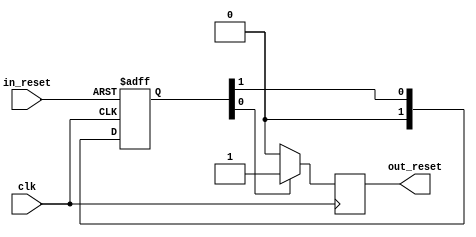
// ---------------------------------------------------------------------------
//  Jelly  -- The platform for real-time computing
//
//                                 Copyright (C) 2008-2020 by Ryuji Fuchikami
//                                 https://github.com/ryuz/jelly.git
// ---------------------------------------------------------------------------



`timescale 1ns / 1ps
`default_nettype none



// syncronous reset generator
module jelly_reset
        #(
            parameter   IN_LOW_ACTIVE  = 0,
            parameter   OUT_LOW_ACTIVE = 0,
            parameter   INPUT_REGS     = 2,
            parameter   COUNTER_WIDTH  = 0,
            parameter   COUNTER_VALUE  = COUNTER_WIDTH > 0 ? (1 << COUNTER_WIDTH) - 1 : 0,
            parameter   INSERT_BUFG    = 0
        )
        (
            input   wire    clk,
            input   wire    in_reset,       // asyncrnous reset
            output  wire    out_reset       // syncrnous reset
        );
    
    wire    input_reset = IN_LOW_ACTIVE ? ~in_reset : in_reset;
    
    
    // input REGS (remove metastable)
    wire    in_regs_reset;
    generate
    if ( INPUT_REGS > 0 ) begin : blk_input_reg
        (* ASYNC_REG="true" *)  reg     [INPUT_REGS-1:0]    reg_in_reset;
        always @(posedge clk or posedge input_reset) begin
            if ( input_reset ) begin
                reg_in_reset <= {INPUT_REGS{1'b1}};
            end
            else begin
                reg_in_reset <= (reg_in_reset >> 1);
            end
        end
        assign in_regs_reset = reg_in_reset[0];
    end
    else begin : bypass_input_reg
        assign in_regs_reset = input_reset;
    end
    endgenerate
    
    
    // counter
    wire    counter_reset;
    generate
    if ( COUNTER_WIDTH > 0 ) begin : blk_counter
        reg     [COUNTER_WIDTH-1:0] reg_counter;
        always @(posedge clk) begin
            if ( in_regs_reset ) begin
                reg_counter <= COUNTER_VALUE;
            end
            else begin
                if ( reg_counter > 0 ) begin
                    reg_counter <= reg_counter - 1'b1;
                end
            end
        end
        assign counter_reset = (reg_counter != 0);
    end
    else begin : bypass_counter
        assign counter_reset = in_regs_reset;
    end
    endgenerate
    
    
    // syncrnous reset
    reg     reg_reset;
    always @(posedge clk) begin
        if ( counter_reset ) begin
            reg_reset <= OUT_LOW_ACTIVE ? 1'b0 : 1'b1;
        end
        else begin
            reg_reset <= OUT_LOW_ACTIVE ? 1'b1 : 1'b0;
        end
    end
    
    
    // insert BUFG
    generate
    if ( INSERT_BUFG ) begin : blk_bufg
        BUFG    i_bufg  (.I(reg_reset), .O(out_reset));
    end
    else begin : bypass_bufg
        assign out_reset = reg_reset;
    end
    endgenerate
    
    
endmodule


`default_nettype wire


// end of file